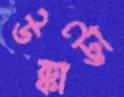
উক্কাট্টা